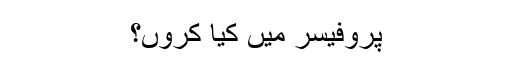
پروفیسر میں کیا کروں؟